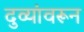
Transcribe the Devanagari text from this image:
दुव्यांवरून